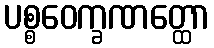
ပစ္စဝေက္ခဏတ္ထော